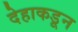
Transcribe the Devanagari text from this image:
देहाकडून